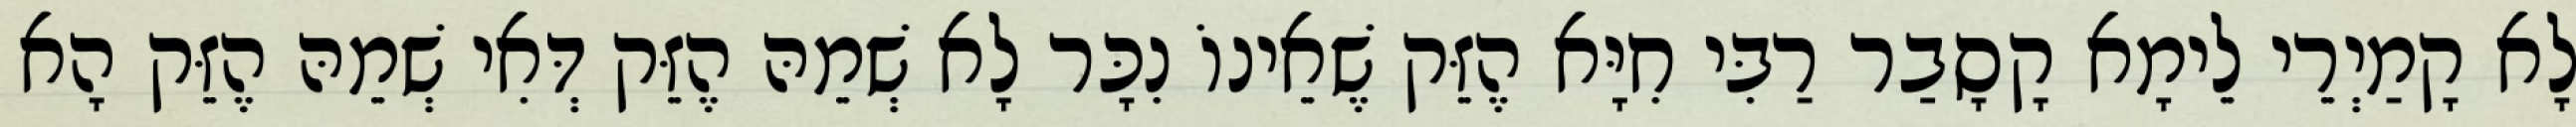
לָא קָמַיְרֵי לֵימָא קָסָבַר רַבִּי חִיָּא הֶזֵּק שֶׁאֵינוֹ נִכָּר לָא שְׁמֵהּ הֶזֵּק דְּאִי שְׁמֵהּ הֶזֵּק הָא